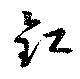
釭